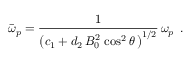
\bar { \omega } _ { p } = \frac { 1 } { \left( c _ { 1 } + d _ { 2 } \, B _ { 0 } ^ { 2 } \, \cos ^ { 2 } \theta \, \right) ^ { 1 / 2 } } \, \omega _ { p } \, \; .